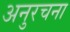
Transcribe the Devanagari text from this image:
अनुरचना